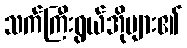
သက်ကြီးရွယ်အိုများ၏